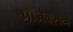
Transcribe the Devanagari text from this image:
प्रॉजेक्शन